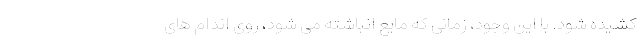
کشیده شود. با این وجود، زمانی که مایع انباشته می شود، روی اندام های